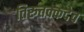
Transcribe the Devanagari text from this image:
तिरुत्तक्कदेव